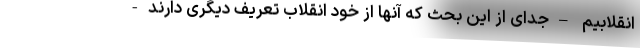
انقلابیم –جدای از این بحث که آنها از خود انقلاب تعریف دیگری دارند-